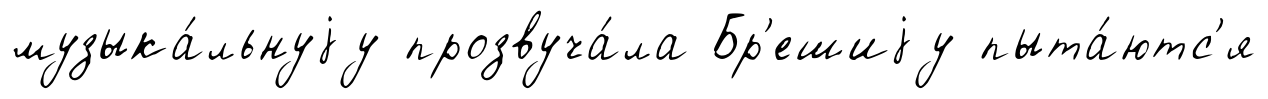
музыка́льнуjу прозвуча́ла Бр'ешиjу пыта́ютс'я